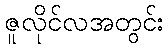
ဇူလိုင်လအတွင်း